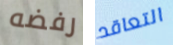
رفضه التعاقد